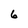
Character: 6